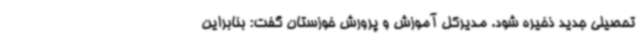
تحصیلی جدید ذخیره شود. مدیرکل آموزش و پرورش خوزستان گفت: بنابراین